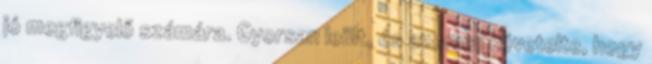
jó megfigyelő számára. Gyorsan leült, és azonnal követelte, hogy